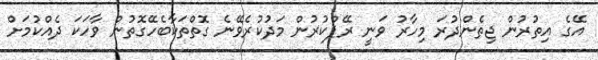
އޭގެ އިތުރުން ޖިތެންދުރަ މިހާރު ވަނީ ރޭޕްކުރުން މަދުކުރެވޭނެ ގޮތްތަކާބެހޭގޮތުން ވާހަކަ ދެއްކުމަށް